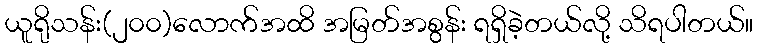
ယူရိုသန်း(၂၀၀)လောက်အထိ အမြတ်အစွန်း ရရှိခဲ့တယ်လို့ သိရပါတယ်။